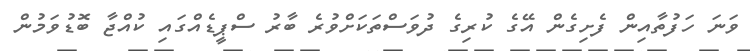
ވަނަ ހަފުތާއިން ފެށިގެން އޭގެ ކުރިގެ ދުވަސްތަކަށްވުރެ ބާރު ސްޕީޑެއްގައި ކުއްޖާ ބޮޑުވަމުން